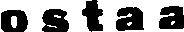
ostaa